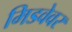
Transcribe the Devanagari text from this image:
मिडवेवर